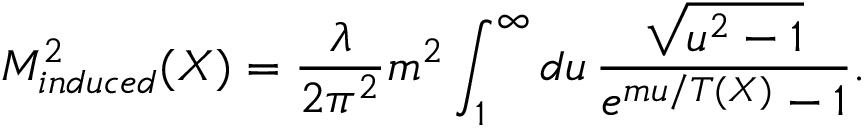
M _ { i n d u c e d } ^ { 2 } ( X ) = \frac { \lambda } { 2 \pi ^ { 2 } } m ^ { 2 } \int _ { 1 } ^ { \infty } d u \, \frac { \sqrt { u ^ { 2 } - 1 } } { e ^ { m u / T ( X ) } - 1 } .